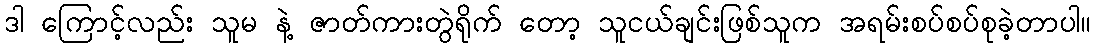
ဒါ ကြောင့်လည်း သူမ နဲ့ ဇာတ်ကားတွဲရိုက် တော့ သူငယ်ချင်းဖြစ်သူက အရမ်းစပ်စပ်စုခဲ့တာပါ။